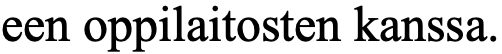
een oppilaitosten kanssa.